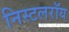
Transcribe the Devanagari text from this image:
निस्टलरॉय